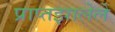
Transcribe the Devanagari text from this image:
प्राप्तझालेले